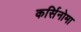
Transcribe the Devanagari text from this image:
कर्सिनोमा